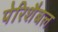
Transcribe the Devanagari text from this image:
पेरिशैबल